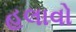
હલાવો